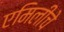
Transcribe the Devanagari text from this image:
एमिलीचे